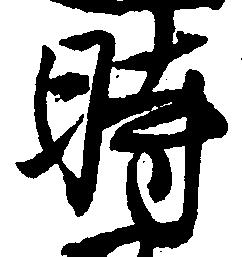
時